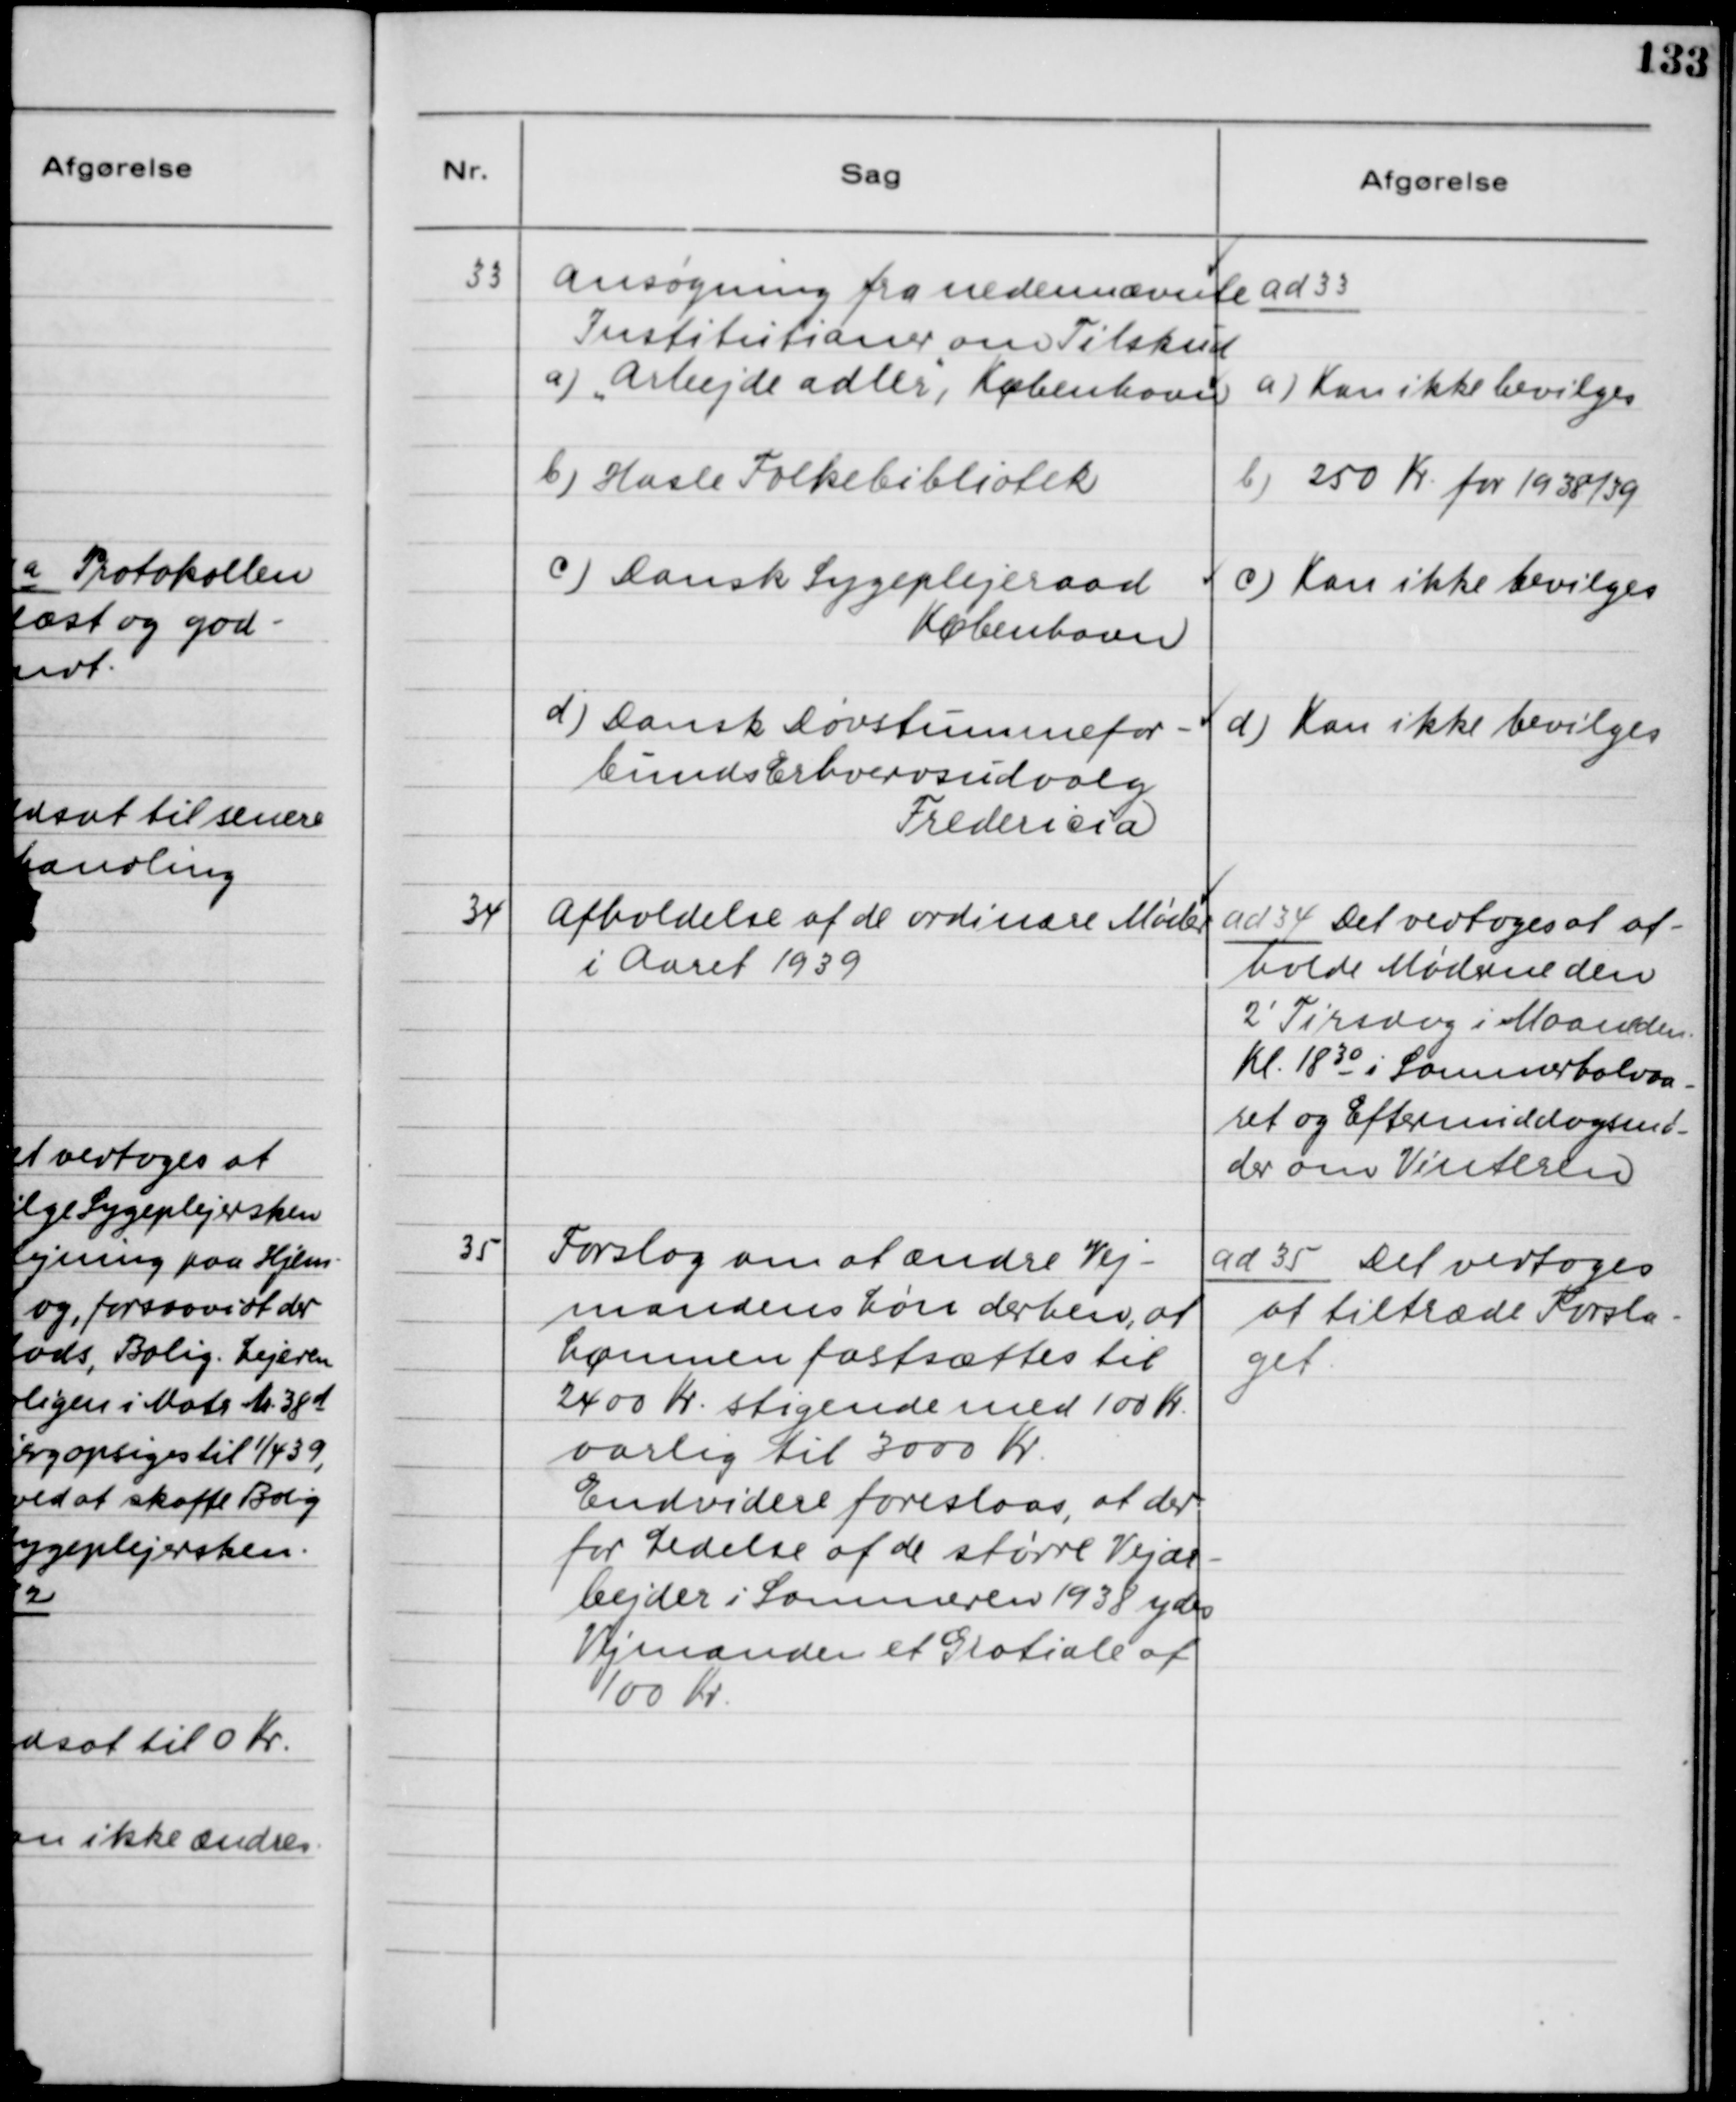
Transskription:
33. Ansøgning fra nedennævnte
Institutioner om Tilskud
a) "Arbejdet Adler", København
b) Hasle Folkebibliotek
c) Dansk Sygeplejeraad
København
d) Dansk Døvstummefor-
bunds Erhvervsudvalg
Fredericia

ad 33.
a) Kan ikke bevilges
b) 250 Kr. for 1938/39
c) Kan ikke bevilges
d) Kan ikke bevilges

34 Afholdelse af de ordinære Møder
i Aaret 1939

ad 34. Det vedtoges at af-
holde Møderne den
2' Tirsdag i Maaneden
Kl. 18 30 i Sommerhalvaa-
ret og Eftermiddagsmø-
der om Vinteren.

35 Forslag om at ændre Vej-
mandens Løn derhen, at
Lønnen fastsættes til
2400 Kr. stigende med 100 Kr.
aarlig til 3000 Kr.
Endvidere foreslaas, at der
for Ledelse af de større Vejar-
bejder i Sommeren 1938 ydes
Vejmanden et Gratiale af
100 Kr.

ad 35. Det vedtoges
at tiltræde Forsla-
get.